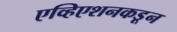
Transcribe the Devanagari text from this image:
एव्हिएशनकडून